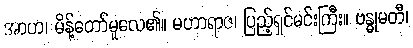
အာဟ၊ မိန့်တော်မူလေ၏။ မဟာရာဇ၊ ပြည့်ရှင်မင်းကြီး။ ဗန္ဓုမတီ၊